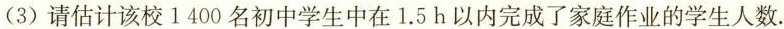
(3)请估计该校1400名初中学生中在1.5h以内完成了家庭作业的学生人数.